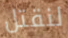
لنقتل